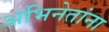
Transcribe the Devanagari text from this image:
अभिनेतांना